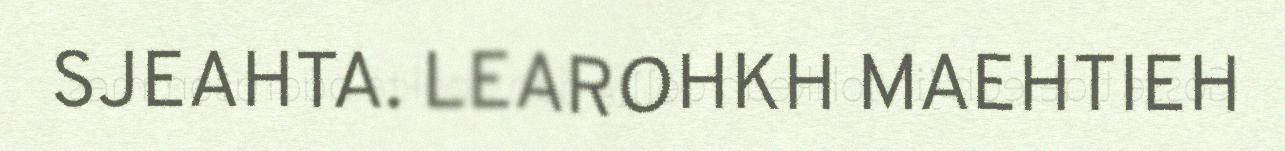
SJEAHTA. LEAROHKH MAEHTIEH